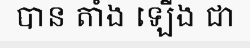
បាន តាំង ឡើង ជា